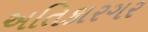
અતિકારગર